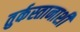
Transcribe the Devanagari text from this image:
तुर्कस्तानाशी